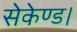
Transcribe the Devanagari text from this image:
सेकेण्ड।